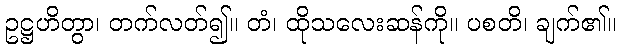
ဥဋ္ဌဟိတွာ၊ တက်လတ်၍။ တံ၊ ထိုသလေးဆန်ကို။ ပစတိ၊ ချက်၏။